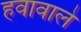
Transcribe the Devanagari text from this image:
हवावाले